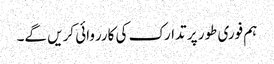
ہم فوری طور پر تدارک کی کارروائی کریں گے۔